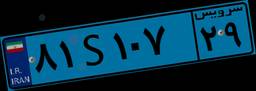
۸۱S۱۰۷۲۹